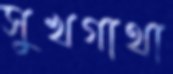
সুখগাথা